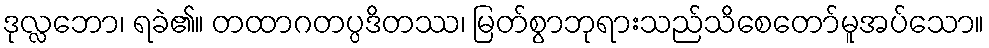
ဒုလ္လဘော၊ ရခဲ၏။ တထာဂတပ္ပဒိတဿ၊ မြတ်စွာဘုရားသည်သိစေတော်မူအပ်သော။